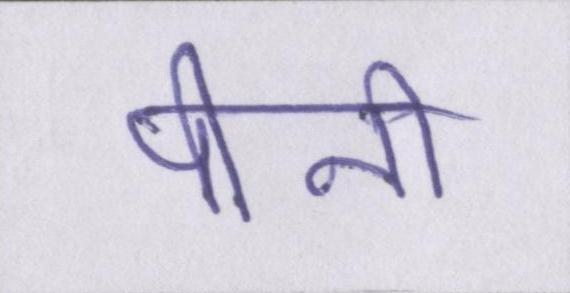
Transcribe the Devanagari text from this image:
पीनी